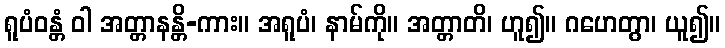
ရူပံဝန္တံ ဝါ အတ္တာနန္တိ-ကား။ အရူပံ၊ နာမ်ကို။ အတ္တာတိ၊ ဟူ၍။ ဂဟေတွာ၊ ယူ၍။